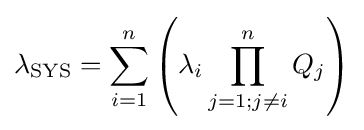
\lambda _{\text{SYS}}=\sum _{i=1}^{n}\left(\lambda _{i}\prod _{j=1;j\neq i}^{n}Q_{j}\right)